Annual administration report of the Civil Veterinary Department of India - 1897-1898
Year: 1897
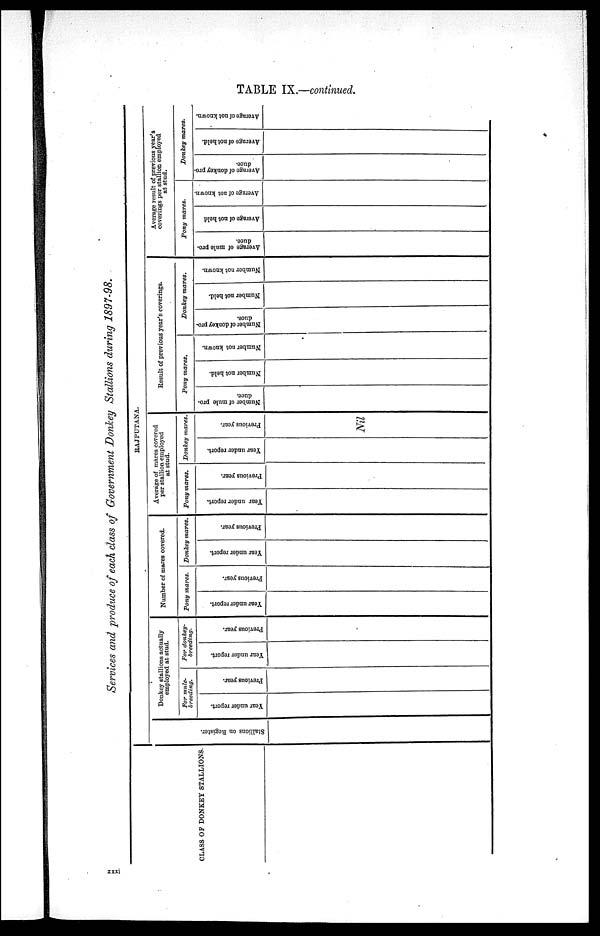
TABLE IX.—continued.
Services and produce of each class of Government Donkey Stallions during 1897—98.
CLASS OF DONKEY STALLIONS.
RAJPUTANA.
Stallions on Regi s t
er .
Donkey stallions actually
employed at stud.
For mule—
breeding.
Year under report.
Previous year.
For donkey—
breeding.
Year under report.
Previous year.
Number of mares covered.
Pony mares.
Year under report.
Previous year.
Donkey mares.
Year under report.
Previous year.
Average of mares covered
per stallion employed
at stud.
Pony mares.
Year under report.
Previous year.
Donkey mares.
Year under report.
Previous year.
Nil
Result of previous year's coverings.
Pony mares.
Number of mule pro.
duce.
Number not held.
Number not known.
Donkey mares.
Number of donkey pro-
duce.
Number not held.
Number not known.
Average result of previous year's
coverings per stallion employed
at stud.
Pony mares.
Average of mule pro-
duce.
Average of not held
Average of not known.
Donkey mares.
Average of donkey pro-
duce.
Average of not held.
Average of not known.
xxxi